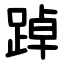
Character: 踔